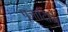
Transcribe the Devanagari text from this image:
पूजादिभि